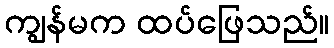
ကျွန်မက ထပ်ဖြေသည်။